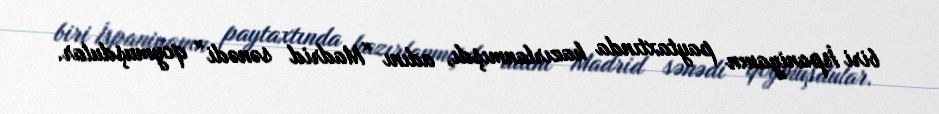
biri İspaniyanın paytaxtında hazırlanmışdı, adını “Madrid sənədi” qoymuşdular.